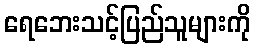
ရေဘေးသင့်ပြည်သူများကို